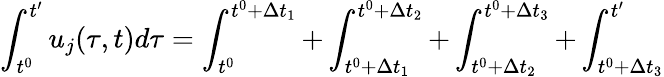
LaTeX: \int_{t^{0}}^{t^{\prime}}u_{j}(\tau,t)d\tau=\int_{t^{0}}^{t^{0}+\Delta t_{1}}+\int_{t^{0}+\Delta t_{1}}^{t^{0}+\Delta t_{2}}+\int_{t^{0}+\Delta t_{2}}^{t^{0}+\Delta t_{3}}+\int_{t^{0}+\Delta t_{3}}^{t^{\prime}}